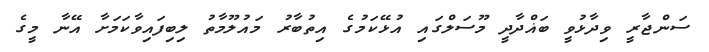
ސަންޖާރީ ވިދާޅުވީ ބަޣްދާދީ މޫސަލްގައި އުޅޭކަމުގެ އިތުބާރު މައުލޫމާތު ލިބިފައިވާކަމަށާ އޭނާ މީގެ